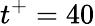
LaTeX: t^{+}=40